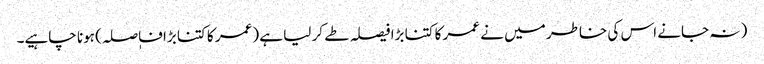
( نہ جانے اس کی خاطر میں نے عمر کا کتنا بڑا فیصلہ طے کر لیا ہے (عمر کا کتنا بڑا فاٖصلہ) ہونا چاہیے۔